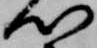
心